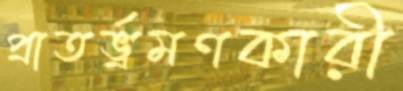
প্রাতর্ভ্রমণকারী